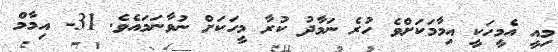
މިއީ އެމީހަކީ އިމާމަކަށްވެ ހުރެ ނަމާދު ކުރާ މީހަކަށް ނުވާނަމައެވެ. 31- އިމާމް